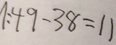
1 : 4 9 - 3 8 = 1 1